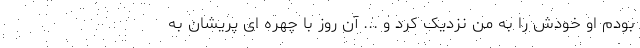
بودم او خودش را به من نزدیک کرد و ... آن روز با چهره ای پریشان به